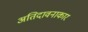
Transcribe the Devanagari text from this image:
अतिदावनाकार